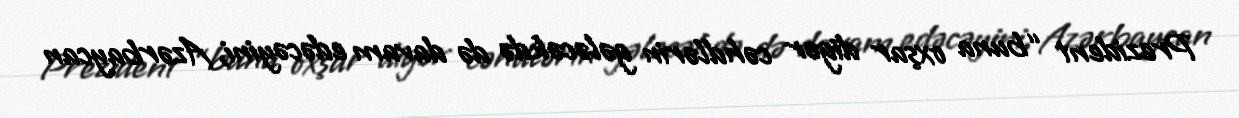
Prezident “buna oxşar digər cəhdlərin gələcəkdə də davam edəcəyini, Azərbaycan